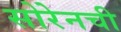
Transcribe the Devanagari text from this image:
सोरेनची